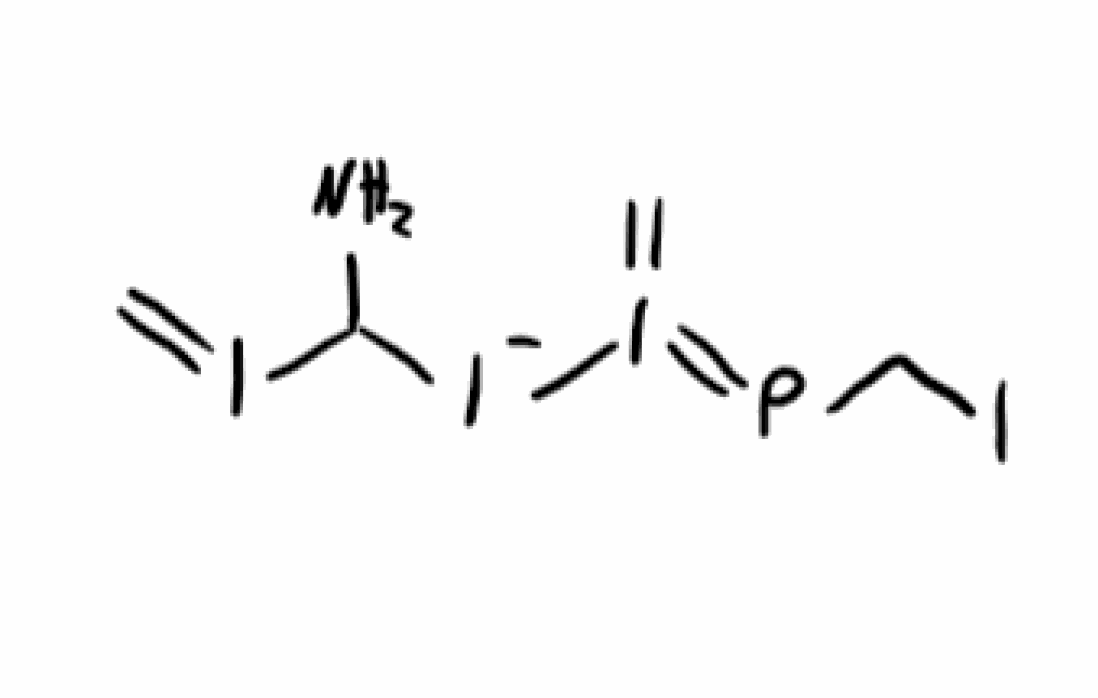
Simplified molecular-input line-entry system (SMILES) notation of the given molecule:
C=IC(N)[I-]I(=C)=PCI